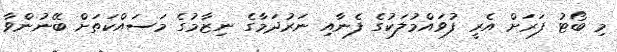
މި ބޯޓު ފަރަށް އެރީ ފުވައްމުލަކުގެ ފެނާއި ނަރުދަމާގެ ނިޒާމުގެ މަސައްކަތަށް ބޭނުންވާ